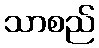
သာစည်